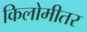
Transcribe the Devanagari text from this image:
किलोमीतर